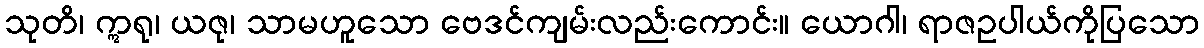
သုတိ၊ ဣရု၊ ယဇု၊ သာမဟူသော ဗေဒင်ကျမ်းလည်းကောင်း။ ယောဂါ၊ ရာဇဥပါယ်ကိုပြသော